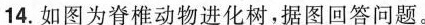
14.如图为脊椎动物进化树，据图回答问题。